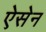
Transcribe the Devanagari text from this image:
ऐसेन